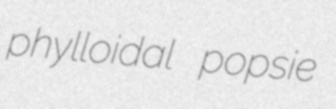
phylloidal popsie